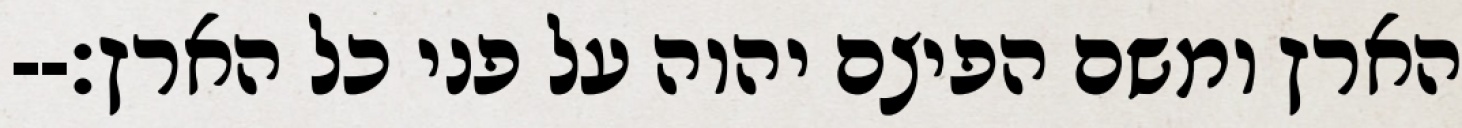
הארץ ומשם הפיצם יהוה על פני כל הארץ׃--